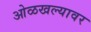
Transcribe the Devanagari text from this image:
ओळखल्यावर